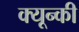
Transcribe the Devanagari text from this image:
क्यून्की